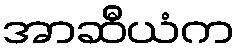
အာဆီယံက